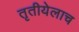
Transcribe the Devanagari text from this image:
तृतीयेलाच